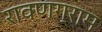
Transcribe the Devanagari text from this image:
रावणग्राम